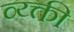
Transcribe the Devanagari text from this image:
व्य्क्ती